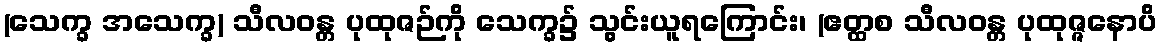
(သေက္ခ အသေက္ခ) သီလဝန္တ ပုထုဇဉ်ကို သေက္ခ၌ သွင်းယူရကြောင်း၊ (ဧတ္ထစ သီလဝန္တ ပုထုဇ္ဇနောပိ